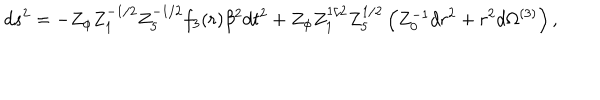
LaTeX: d s ^ { 2 } = - Z _ { \phi } Z _ { 1 } ^ { - 1 / 2 } Z _ { 5 } ^ { - 1 / 2 } f _ { 3 } ( r ) \beta ^ { 2 } d t ^ { 2 } + Z _ { \phi } Z _ { 1 } ^ { 1 / 2 } Z _ { 5 } ^ { 1 / 2 } \left( Z _ { 0 } ^ { - 1 } d r ^ { 2 } + r ^ { 2 } d \Omega ^ { ( 3 ) } \right) ,